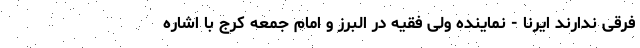
فرقی ندارند ایرنا - نماینده ولی فقیه در البرز و امام جمعه کرج با اشاره